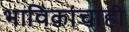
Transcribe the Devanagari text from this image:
भाविकांचाही